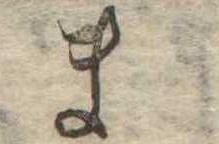
ま